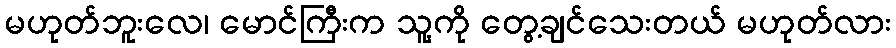
မဟုတ်ဘူးလေ၊ မောင်ကြီးက သူ့ကို တွေ့ချင်သေးတယ် မဟုတ်လား